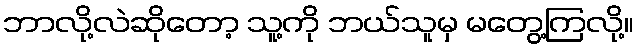
ဘာလို့လဲဆိုတော့ သူ့ကို ဘယ်သူမှ မတွေ့ကြလို့။